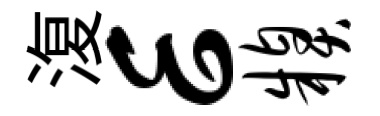
𣸪E糗